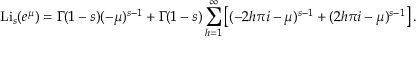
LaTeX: \operatorname { L i } _ { s } ( e ^ { \mu } ) = \Gamma ( 1 - s ) ( - \mu ) ^ { s - 1 } + \Gamma ( 1 - s ) \sum _ { h = 1 } ^ { \infty } \left[ ( - 2 h \pi i - \mu ) ^ { s - 1 } + ( 2 h \pi i - \mu ) ^ { s - 1 } \right] .